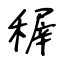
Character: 稺